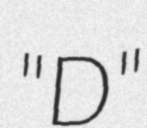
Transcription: "D"